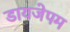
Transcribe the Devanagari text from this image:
डायजेपम